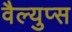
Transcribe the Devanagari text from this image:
वैल्युप्स